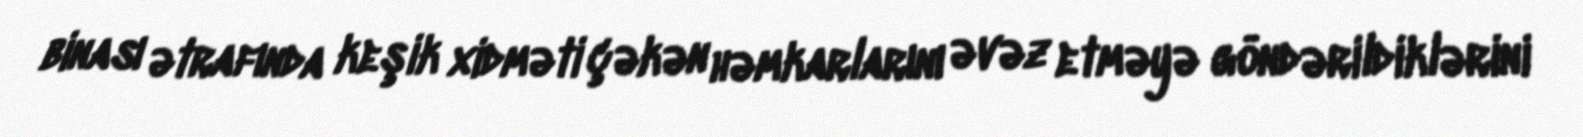
binası ətrafında keşik xidməti çəkən həmkarlarını əvəz etməyə göndərildiklərini